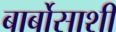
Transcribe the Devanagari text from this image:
बार्बोसाशी